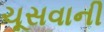
ચૂસવાની